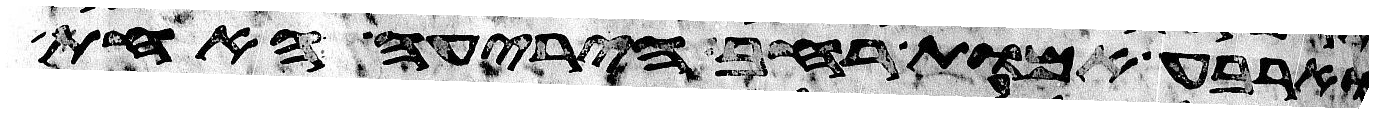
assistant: וארבע אמות רחב היריעה האחת